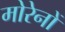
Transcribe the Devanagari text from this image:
मोरेनों